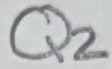
Text: Q2